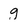
Character: g